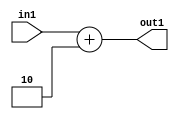
`timescale 1ps / 1ps
/*****************************************************************************
    Verilog RTL Description
    
    
    Created by: Stratus DpOpt 2019.1.01 
*******************************************************************************/

module DC_Filter_Add_4U_21_4 (
	in1,
	out1
	); /* architecture "behavioural" */ 
input [3:0] in1;
output [3:0] out1;
wire [3:0] asc001;

assign asc001 = 
	+(in1)
	+(4'B0010);

assign out1 = asc001;
endmodule

/* CADENCE  urn4Twg= : u9/ySgnWtBlWxVPRXgAZ4Og= ** DO NOT EDIT THIS LINE ******/